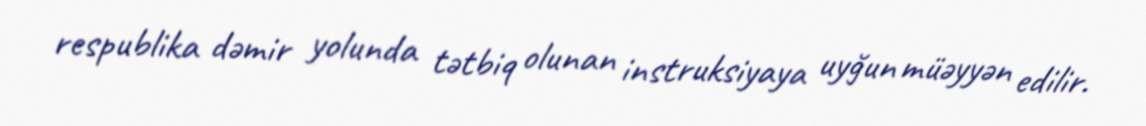
respublika dəmir yolunda tətbiq olunan instruksiyaya uyğun müəyyən edilir.